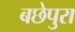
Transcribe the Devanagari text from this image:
बछेपुरा